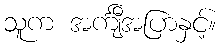
သူက အင်္ကျီအပြာနှင့်။